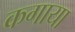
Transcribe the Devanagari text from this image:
कगाया